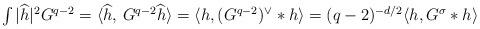
LaTeX: \begin{align*} \textstyle\int |\widehat{h}|^2 G^{q-2} = \langle \widehat{h},\,G^{q-2}\widehat{h}\rangle= \langle h, (G^{q-2})^\vee *h\rangle= (q-2)^{-d/2} \langle h, G^\sigma * h\rangle\end{align*}